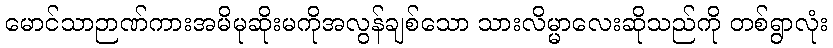
မောင်သာဉာဏ်ကားအမိမုဆိုးမကိုအလွန်ချစ်သော သားလိမ္မာလေးဆိုသည်ကို တစ်ရွာလုံး